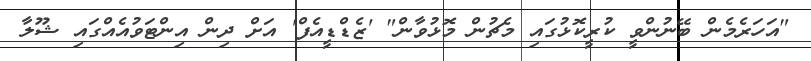
"އަހަރެމެން ބޭނުންވީ ކުރީކޮޅުގައި މެޗުން މޮޅުވާން" 'ޒެޑްޑީއެފް' އަށް ދިން އިންޓަވުއެއްގައި ޝޫލާ